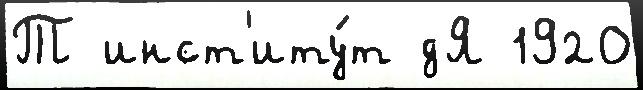
Т инст'иту́т дЯ 1920